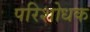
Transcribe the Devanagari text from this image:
परिशोधक